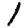
Digit: 1